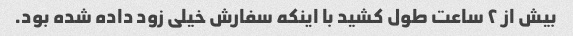
بیش از ۲ ساعت طول کشید با اینکه سفارش خیلی زود داده شده بود.